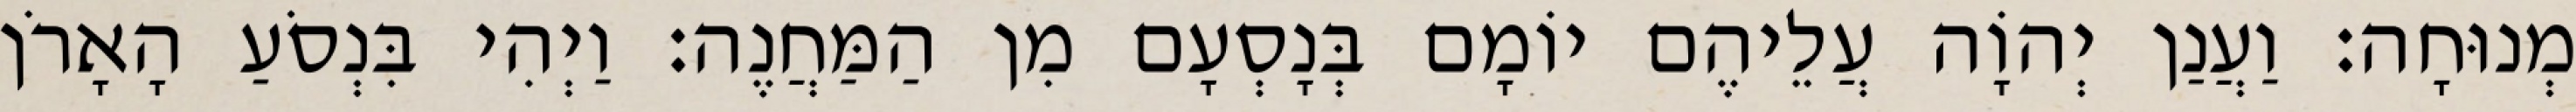
מְנוּחָה׃ וַעֲנַן יְהוָֹה עֲלֵיהֶם יוֹמָם בְּנָסְעָם מִן הַמַּחֲנֶה׃ וַיְהִי בִּנְסֹעַ הָאָרֹן